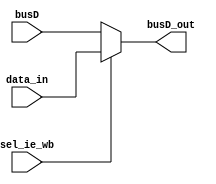
`timescale 1ns / 1ps
//////////////////////////////////////////////////////////////////////////////////
// Company: 
// Engineer: 
// 
// Design Name: 
// Module Name: mux_in
// Project Name: 
// Target Devices: 
// Tool Versions: 
// Description: 
// 
// Dependencies: 
// 
// Revision:
// Revision 0.01 - File Created
// Additional Comments:
// 
//////////////////////////////////////////////////////////////////////////////////


module mux_in(
input [7:0] busD,
input [7:0] data_in,
output [7:0] busD_out,
input sel_ie_wb
    );
    assign busD_out = sel_ie_wb ? data_in : busD;
endmodule